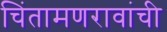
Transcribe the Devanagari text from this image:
चिंतामणरावांची